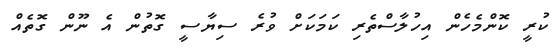
ކުރީ ކޮންމެހެން އިހުލާސްތެރި ކަމަކަށް ވުރެ ސިޔާސީ ގޮތުން އެ ނޫން ގޮތެއް